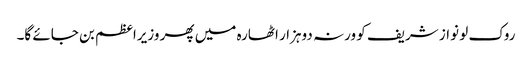
روک لو نواز شریف کو ورنہ دوہزار اٹھارہ میں پھر وزیراعظم بن جائے گا۔